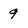
Character: 9